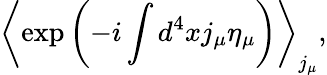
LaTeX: \left<\exp\left(-i\int d^{4}xj_{\mu}\eta_{\mu}\right)\right>_{j_{\mu}},